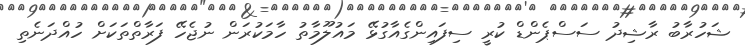
ޝަހުރާބު ރާޝިދު ސަސްޕެންޑް ކުރީ ސިފައިންގެއާގުޅޭ މައުލޫމާތު ހާމަކުރަން ނުޖެހޭ ފަރާތްތަކަށް ހުއްދަނެތި